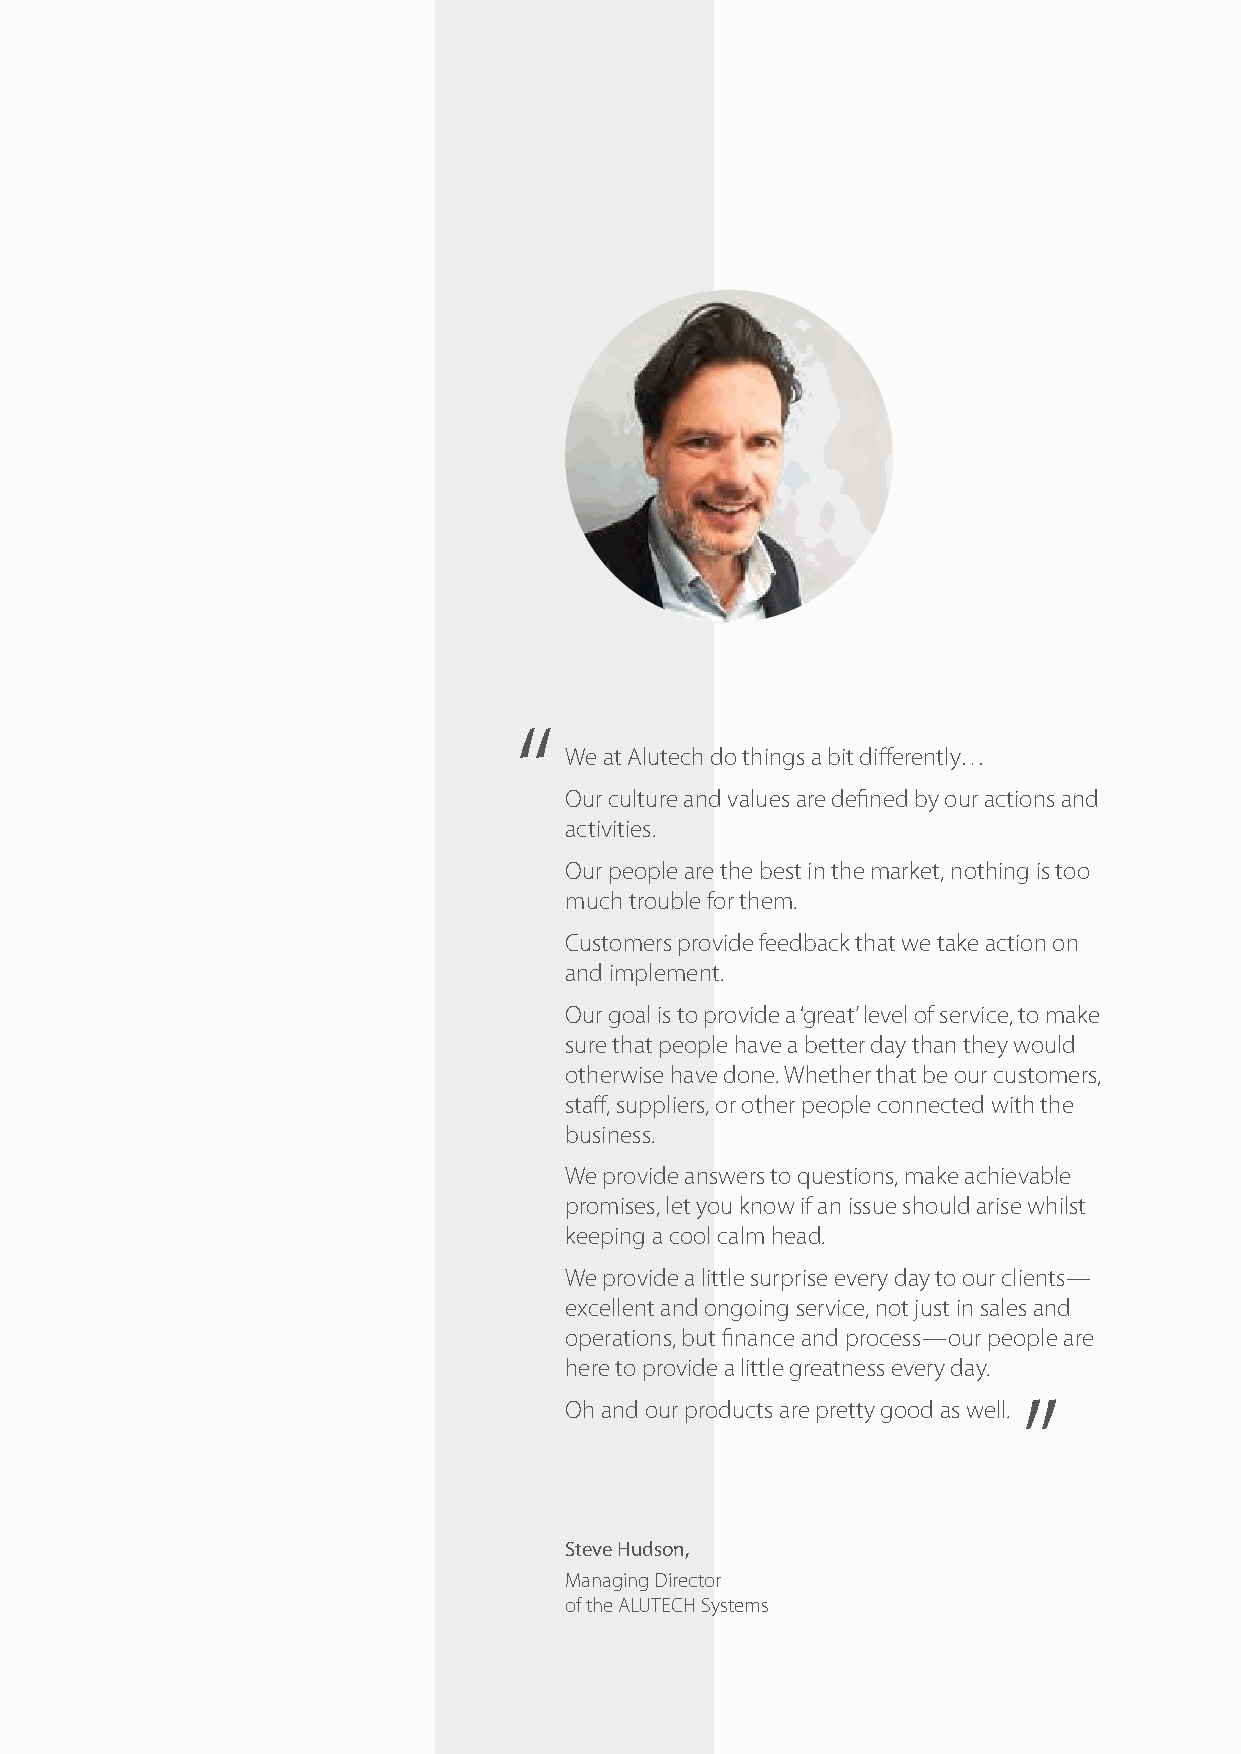
“
 We at Alutech do things a bit differently…
 Our culture and values are defined by our actions and
 activities.
 Our people are the best in the market, nothing is too
 much trouble for them.
 Customers provide feedback that we take action on
 and implement.
 Our goal is to provide a ‘great’ level of service, to make
 sure that people have a better day than they would
 otherwise have done. Whether that be our customers,
 staff, suppliers, or other people connected with the
 business.
 We provide answers to questions, make achievable
 promises, let you know if an issue should arise whilst
 keeping a cool calm head.
 We provide a little surprise every day to our clients —
 excellent and ongoing service, not just in sales and
 operations, but finance and process — our people are
 here to provide a little greatness every day.
 ”
 Oh and our products are pretty good as well.
 Steve Hudson,
 Managing Director
 of the ALUTECH Systems